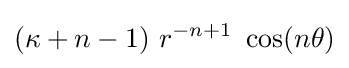
(\kappa +n-1)~r^{-n+1}~\cos(n\theta )